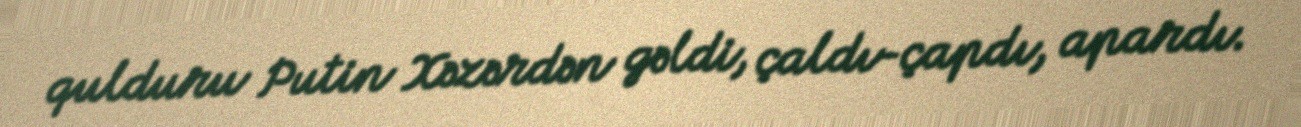
qulduru Putin Xəzərdən gəldi, çaldı-çapdı, apardı.